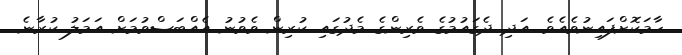
ހާމަކޮށްފައިނުވެއެވެ. އަދި ދެގައުމުގެ ވެރިންގެ މެދުގައި ކުރިން ވެވުނު އެއްބަސްވުމަށް އަމަލު ކުރާނެ